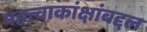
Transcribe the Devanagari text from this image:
महत्त्वाकांक्षांबद्दल